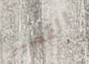
القصير